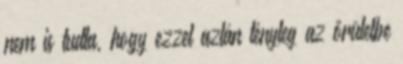
nem is tudta, hogy ezzel aztán tényleg az őrületbe